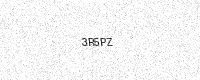
Text: 3R5PZ